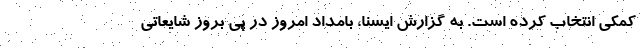
کمکی انتخاب کرده است. به گزارش ایسنا، بامداد امروز در پی بروز شایعاتی